Triennial report on the lunatic asylums in the province of Eastern Bengal and Assam - 1903-1911
Year: 1903
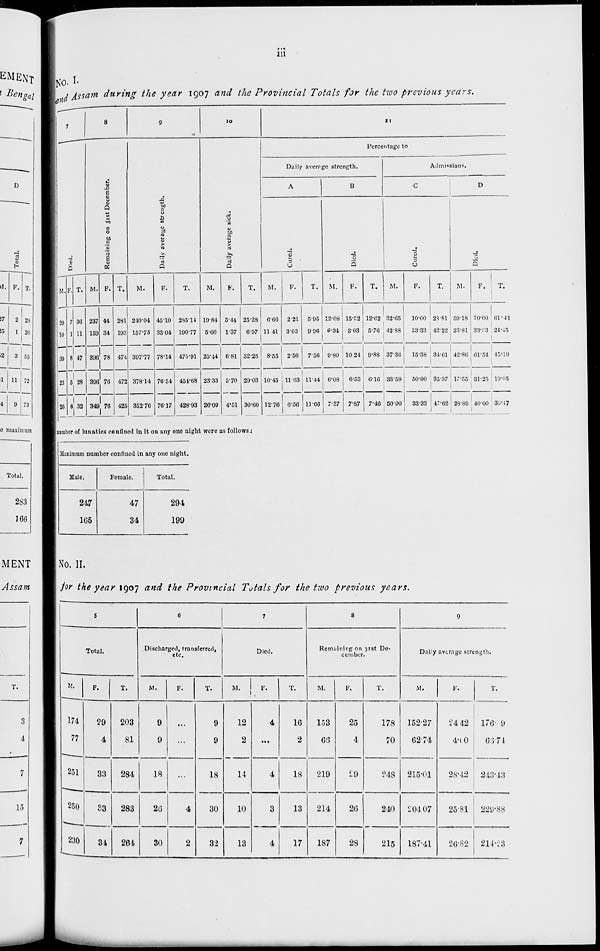
iii
No. I.
and Assam during the year 1907 and the Provincial Totals for the two previous years.
7
Died.
M.
29
10
39
23
26
F.
7
1
8
5
6
T.
36
11
47
28
32
8
Remaining on 31st December.
M.
237
159
396
396
349
F.
44
34
78
76
76
T.
281
193
474
472
425
9
Daily average strength.
M.
240.04
157.73
397.77
378.14
352.76
F.
45.10
33.04
78.14
76.54
76.17
T.
285.14
190.77
475.91
454.68
428.93
10
Daily average sick.
M.
19.84
5.60
25.44
23.33
26.09
F.
5.44
1.37
6.81
5.70
4.51
T.
25.28
6.97
32.25
29.03
30.60
11
Percentage to
Daily average strength.
A
Cured.
M.
6.66
11.41
8.55
10.45
12.76
F.
2.21
3.03
2.56
11.63
6.56
T.
5.95
9.96
7.56
11.44
11.66
B
Died.
M.
12.08
6.34
9.80
6.08
7.37
F.
15.52
3.03
10.24
6.53
7.87
T.
12.62
5.76
9.88
6.16
7.46
Admissions.
C
Cured.
M.
32.65
42.88
37.36
33.58
50.00
F.
10.00
33.33
15.38
50.00
33.33
T.
28.81
42.22
34.61
35.37
47.62
D
Died.
M.
59.18
23.81
42.86
17.55
28.89
F.
70.00
33.33
61.54
31.23
40.00
T.
61.41
24.45
45.19
19.05
36.47
number of lunatics confined in it on any one night were as follows :
Maximum number confined in any one night.
Male.
247
165
Female.
47
34
Total.
294
199
No. II.
for the year 1907 and the Provincial Totals for the two previous years.
5
Total.
M.
174
77
251
250
230
F.
29
4
33
33
34
T.
203
81
284
283
264
6
Discharged, transferred,
etc.
M.
9
9
18
26
30
F.
...
...
...
4
2
T.
9
9
18
30
32
7
Died.
M.
12
2
14
10
13
F.
4
...
4
3
4
T.
16
2
18
13
17
8
Remaining on 31st De-
cember.
M.
153
66
219
214
187
F.
25
4
29
26
28
T.
178
70
248
240
215
9
Daily average strength.
M.
152.27
62.74
215.01
204.07
187.41
F.
24.42
4.60
28.42
25.81
26.82
T.
176. 9
66.74
243.43
229.88
214.23